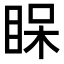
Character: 𥆫